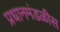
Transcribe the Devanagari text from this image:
प्रधानमंडळीस